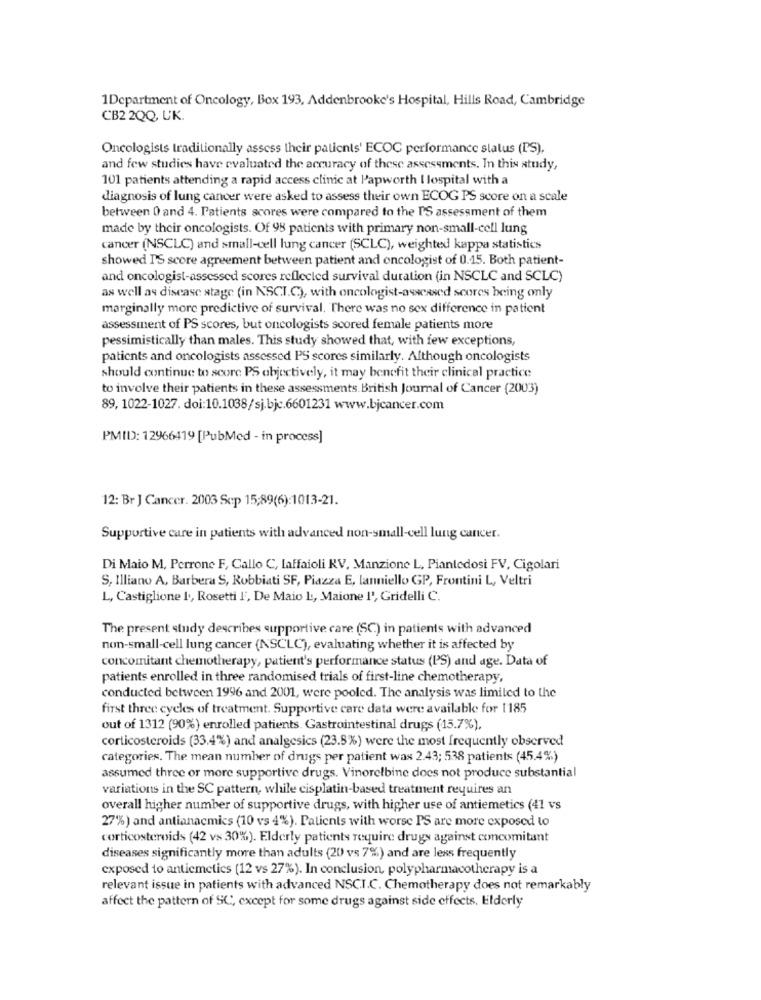
1Department of Oncology, Box 193, Addenbrooke's Hospital, Hills Road, Cambridge
CB2 2QQ, UK.
Oncologists traditionally assess their patients' ECOC performance status (I'S).
and few studies have evaluated the accuracy of these assessments. In this study,
101 patients attending a rapid access clinic at l'apworth I lospital with a
diagnosis of lung cancer were asked to assess their own ECOG PS score on a scale
between 0 and 4. Patients scores were compared to the I'S assessment of them
made by their oncologists. Of 98 patients with primary non-small-cell lung
cancer (NSCLC) and small-cell lung cancer (SCLC), weighted kappa statistics
showed T'S score agreement between patient and oncologist of 0.15. Both patient-
and oncologist-assessed scores reflected survival duration (in NSCLC and SCLC)
as well as disease stage (in NSCI.C.), with oncologist-asscased scores being only
marginally more predictive of survival. There was no sex difference in patient
assessment of PS scores, but oncologists scored female patients more
pessimistically than males. This study showed that, with few exceptions,
patients and oncologists assessed PS scores similarly. Although oncologists
should continue to score PS objectively, it may benefit their clinical practice
to involve their patients in these assessments British Journal of Cancer (2003)
89, 1022-1027. doi:10.1038/sj.bjc.6601231 www.bjcancer.com
PMID: 12966419 [PubMed - in process]
12: Br J Cancer. 2003 Scp 15:89(6):1013-21.
Supportive care in patients with advanced non-small-cell lung cancer.
Di Maio M, Perrone F, Callo C, Laffaioli KV, Manzione L, Piantedosi FV, Cigolari
S, Illiano A, Barbera S, Robbiati SF, Piazza E, Ianniello GP, Frontini L, Veltri
L, Castiglione 1, Rosetti l', De Maio L, Maione l', Gridelli C.
The present study describes supportive care (SC) in patients with advanced
non-small-cell lung cancer (NSCLC), evaluating whether it is affected by
concomitant chemotherapy, patient's performance status (PS) and age. Data of
patients enrolled in three randomised trials of first-line chemotherapy
conducted between 1996 and 2001, were pooled. The analysis was limited to the
first three cycles of treatment. Supportive care data were available for 1185
out of 1312 (90%) enrolled patients. Gastrointestinal drugs (15.7%),
corticosteroids (33.4%) and analgesics (23.8%) were the most frequently observed
categories. The mean number of drugs per patient was 2.43; 538 patients (45.4%)
assumed three or more supportive drugs. Vinorelbine does not produce substantial
variations in the SC pattern, while cisplatin-based treatment requires an
overall higher number of supportive drugs, with higher use of antiemetics (41 vs
27%) and antianacmics (10 vs 4%). Patients with worse PS are more exposed to
corticosteroids (42 vs 30%). Elderly patients require drugs against concomitant
diseases significantly more than adults (20) vs 7%) and are less frequently
exposed to antiemetics (12 vs 27%). In conclusion, polypharmacotherapy is a
relevant issue in patients with advanced NSCI.C. Chemotherapy does not remarkably
affect the pattern of SC, except for some drugs against side effects. Elderly